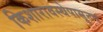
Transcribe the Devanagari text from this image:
किशोरावस्थेपासूनच